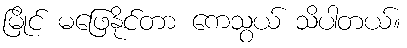
မြိုင် မဖြေနိုင်တာ ကေသွယ် သိပါတယ်။